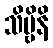
သိဗ္ဗိနိ